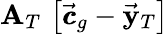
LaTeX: {\mathbf A}_{T}\, \left[\vec{\pmb{c}}_{g}-\vec{\mathbf y}_{T}\right]